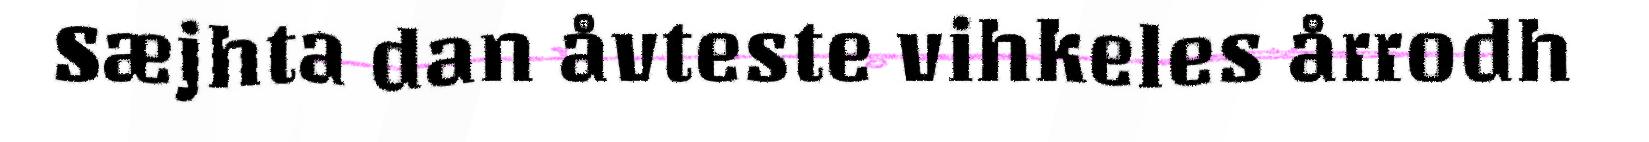
Sæjhta dan åvteste vihkeles årrodh